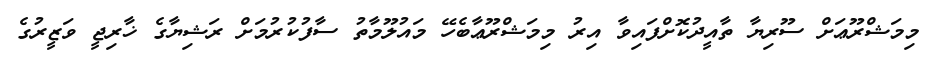
މިމަޝްރޫޢަށް ސޫރިޔާ ތާއީދުކޮށްފައިވާ އިރު މިމަޝްރޫޢާބެހޭ މައުލޫމާތު ސާފުކުރުމަށް ރަޝިޔާގެ ޚާރިޖީ ވަޒީރުގެ